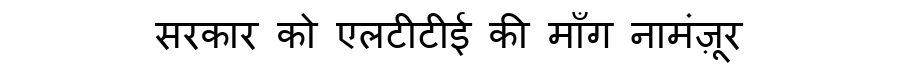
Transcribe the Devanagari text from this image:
सरकार को एलटीटीई की माँग नामंज़ूर